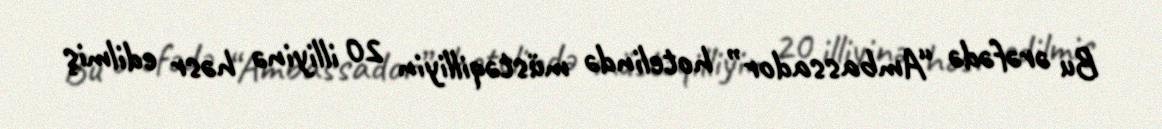
Bu ərəfədə “Ambassador” hotelində müstəqilliyin 20 illiyinə həsr edilmiş